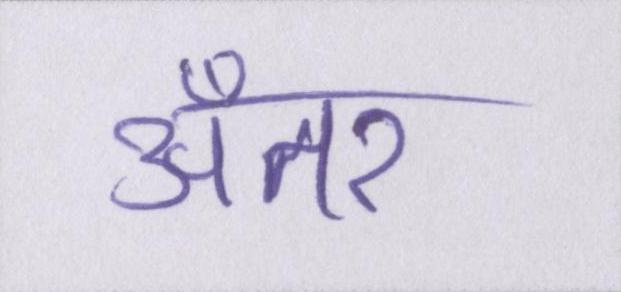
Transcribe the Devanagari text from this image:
अँतर